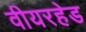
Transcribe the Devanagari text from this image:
वीयरहेड